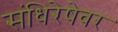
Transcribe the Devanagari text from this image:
संधिरेषेवर